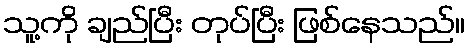
သူ့ကို ချည်ပြီး တုပ်ပြီး ဖြစ်နေသည်။